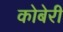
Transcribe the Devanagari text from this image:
कोबेरी